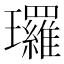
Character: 㼈